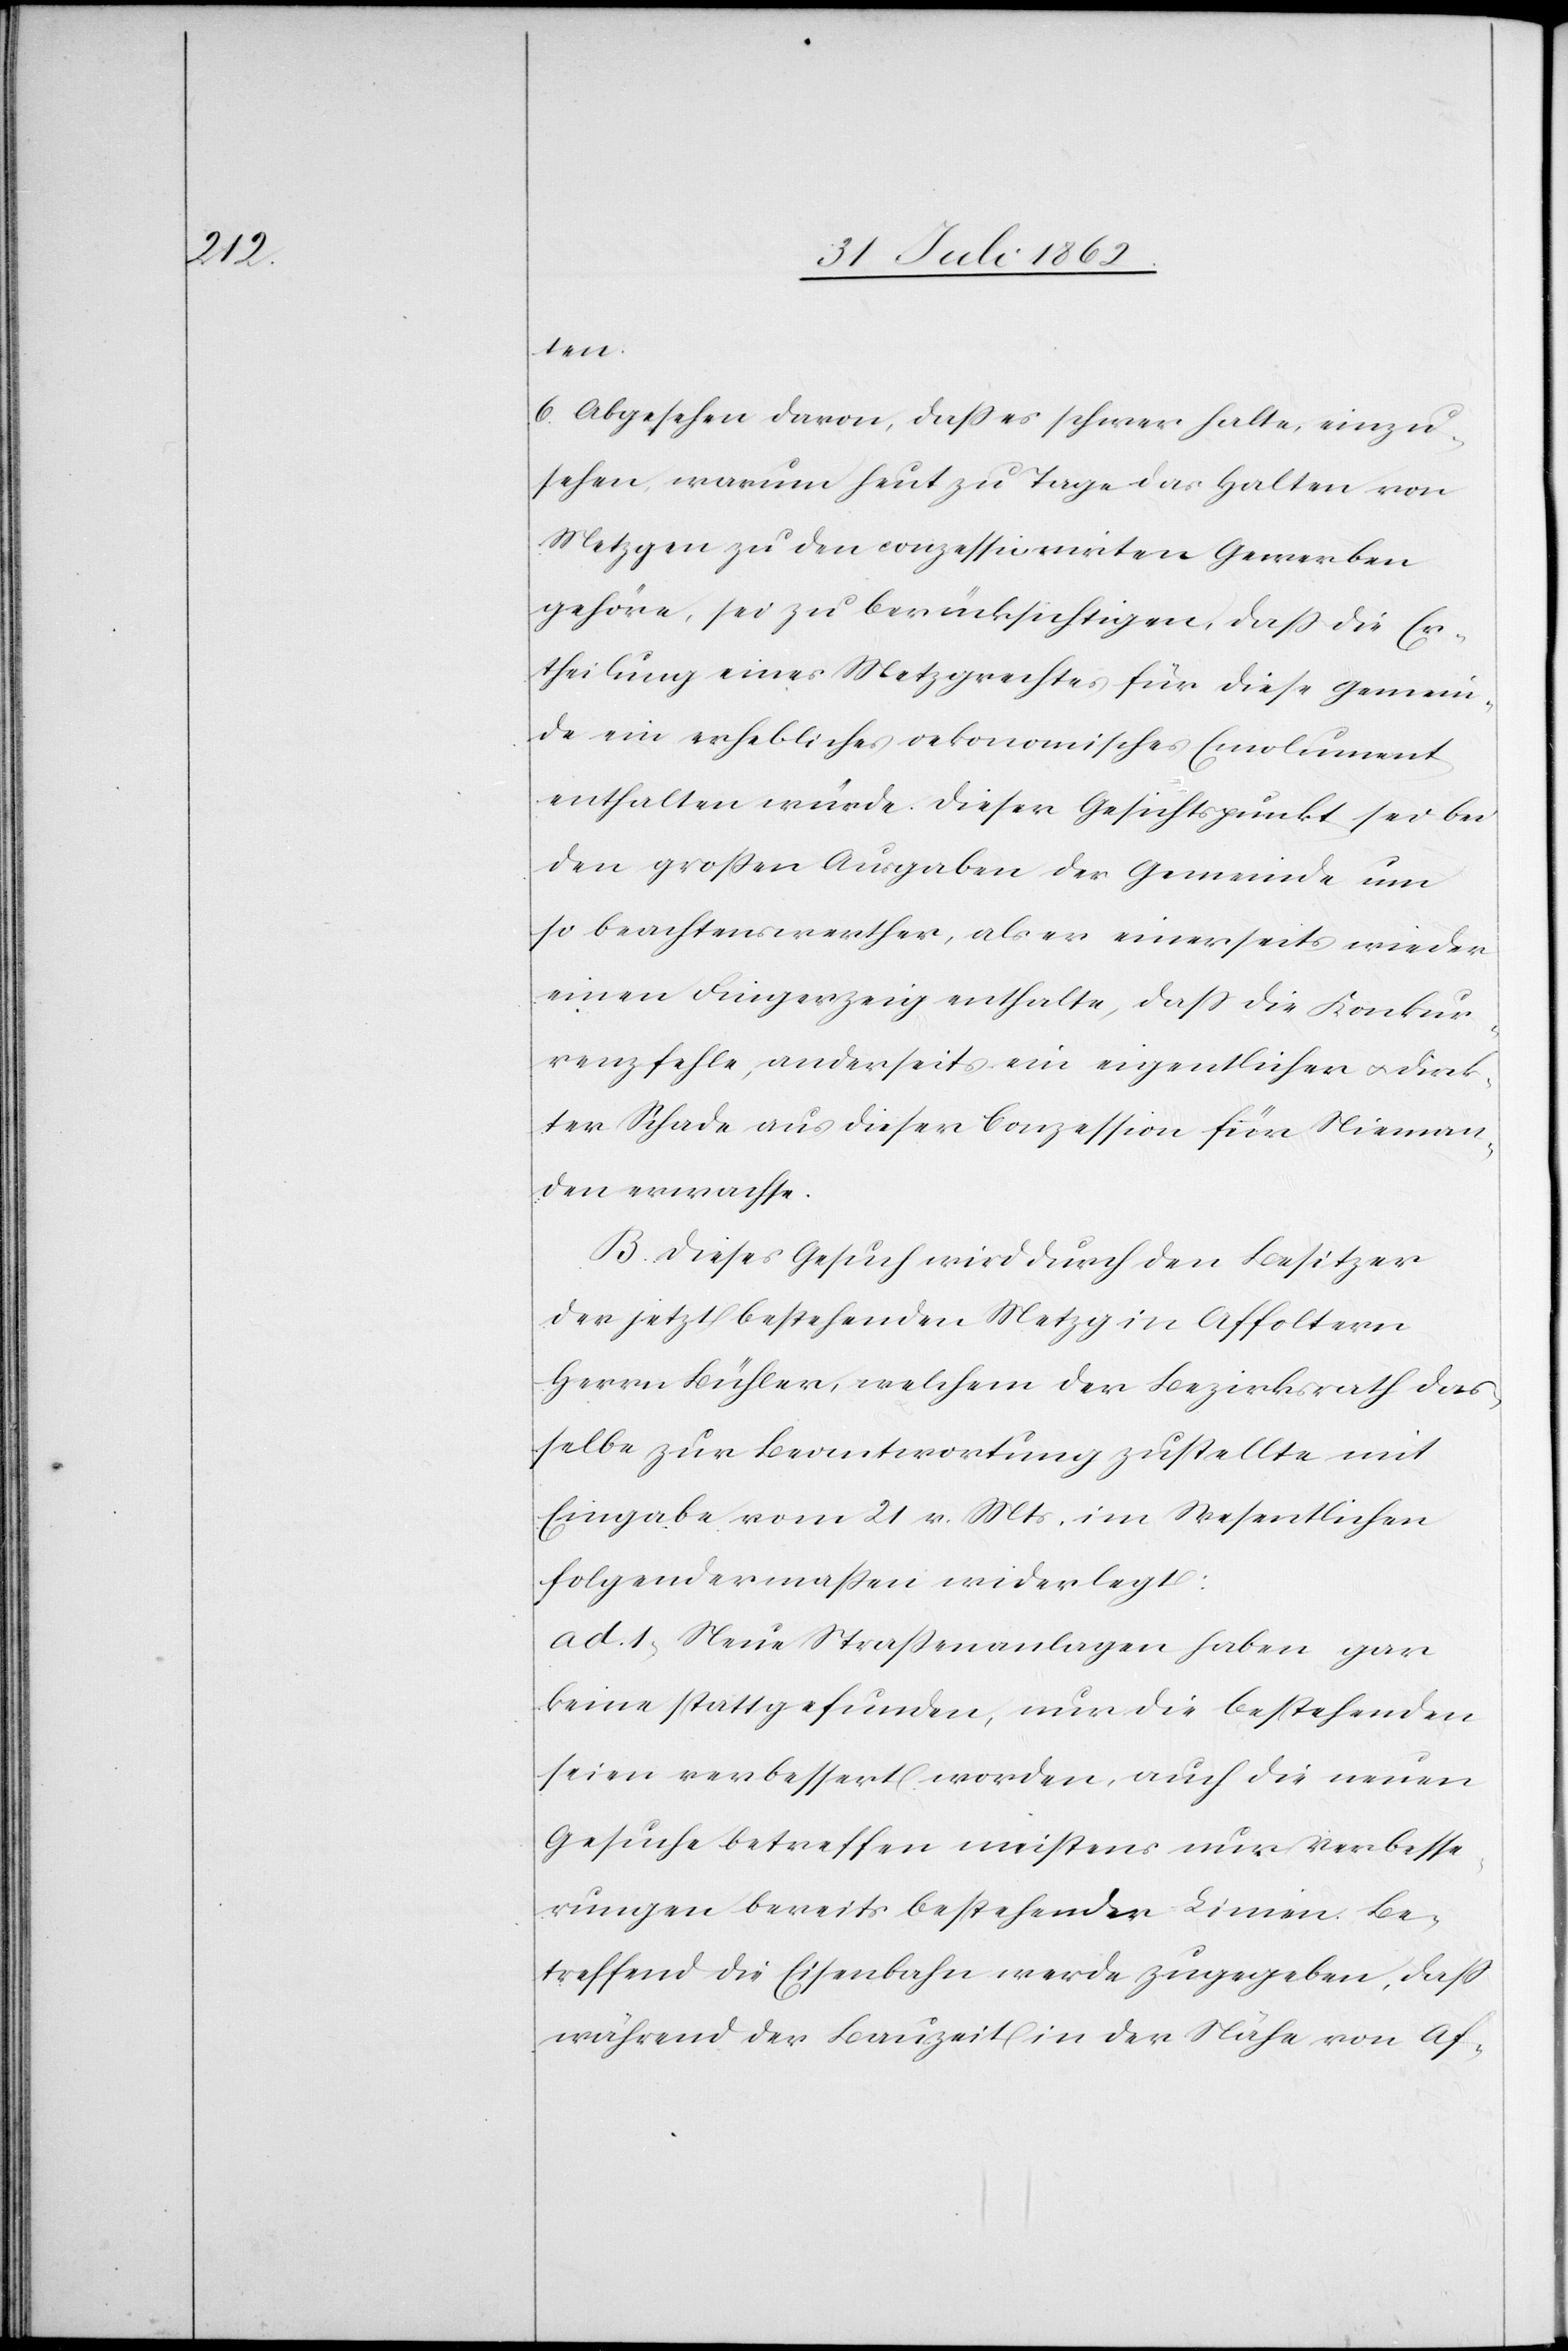
ten.
6. Abgesehen davon, daß es schwer halte, einzu¬
sehen, warum heut zu Tage das Halten von
Metzgen zu den conzessionirten Gewerben
gehöre, sei zu berücksichtigen, daß die Er¬
theilung eines Metzgrechtes für diese Gemein¬
de ein erhebliches oekonomisches Emolument
enthalten würde. Dieser Gesichtspunkt sei bei
den großen Ausgaben der Gemeinde um
so beachtenswerther, als es einerseits wieder
einen Fingerzeig enthalte, daß die Konkur¬
renz fehle, anderseits ein eigentlicher u. direk¬
ter Schaden aus dieser Conzession für Nieman¬
den erwachse.
B. Dieses Gesuch wird durch den Besitzer
der jetzt bestehenden Metzg in Affoltern
Herrn Bühler, welchem der Bezirksrath das¬
selbe zur Beantwortung zustellte mit
Eingabe vom 21. v. Mts. im Wesentlichen
folgendermaßen widerlegt:
ad. 1. Neue Straßenanlagen haben gar
keine stattgefunden, nur die bestehenden
seien verbessert worden, auch die neuen
Gesuche betreffen meistens nur Verbesse¬
rungen bereits bestehender Linien. Be¬
treffend die Eisenbahn werde zugegeben, daß
während der Bauzeit in der Nähe von Af-